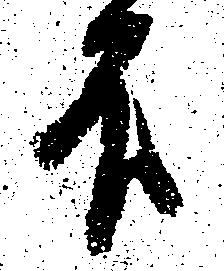
不